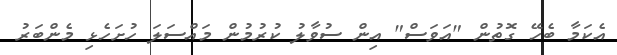
އެކަމާ ބެހޭ ގޮތުން "އަވަސް" އިން ސުވާލު ކުރުމުން މައްސަލަ ހުށަހެޅި މެންބަރު